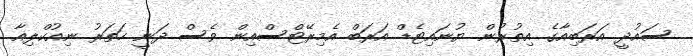
ސައުދީ އަރަބިއާގެ އިތުރުން ޔުނައިޓެޑް އަރަބް އެމިރޭޓްސްއިން ވެސް ދަނީ ހަތަރު ނިއުކްލިއާ